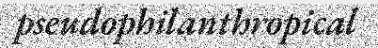
pseudophilanthropical